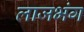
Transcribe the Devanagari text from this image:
लाजभंग